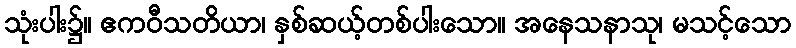
သုံးပါး၌။ ဧကဝီသတိယာ၊ နှစ်ဆယ့်တစ်ပါးသော။ အနေသနာသု၊ မသင့်သော